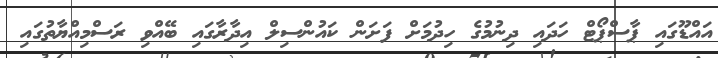
އައްޑޫގައި ޕާސްޕޯޓް ހަދައި ދިނުމުގެ ހިދުމަށް ފަށަން ކައުންސިލް އިދާރާގައި ބޭއްވި ރަސްމިއްޔާތުގައި